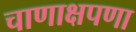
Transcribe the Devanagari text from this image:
चाणाक्षपणा